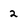
Character: 2